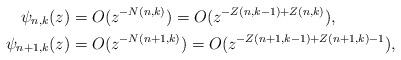
LaTeX: \begin{align*}\psi_{n,k}(z) & =O(z^{-N(n,k)})=O(z^{-Z(n,k-1)+Z(n,k)}),\\\psi_{n+1,k}(z) & =O(z^{-N(n+1,k)})=O(z^{-Z(n+1,k-1)+Z(n+1,k)-1}),\end{align*}